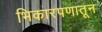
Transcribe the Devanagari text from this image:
भिकारपणातून